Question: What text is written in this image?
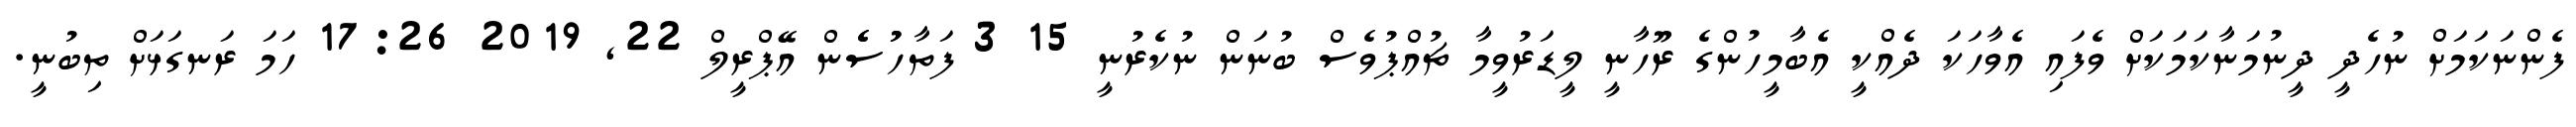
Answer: ފެންނަކަމަށް ނުހެދީ ދީނުމަނާކަމަކަށް ވެފައި އެވާހަކަ ދެއްކީ އެބާމީހުންގެ ރޫހާނީ ލީޑަރުވީމާ ޗުއްޕުވެސް ބުނަން ނުކެރުނީ 15 3 ފަތާހުުސެެން އޭޕްރީލް 22, 2019 17:26 ހަމަ ރަނގަޅަށް ތިބުނީ.